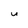
Character: U